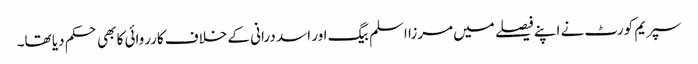
سپریم کورٹ نے اپنے فیصلے میں مرزا اسلم بیگ اور اسد درانی کے خلاف کارروائی کا بھی حکم دیا تھا۔